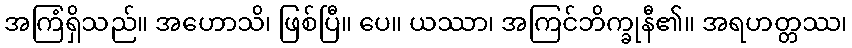
အကြံရှိသည်။ အဟောသိ၊ ဖြစ်ပြီ။ ပေ။ ယဿာ၊ အကြင်ဘိက္ခုနီ၏။ အရဟတ္တဿ၊